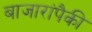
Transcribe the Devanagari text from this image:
बाजारांपैकी